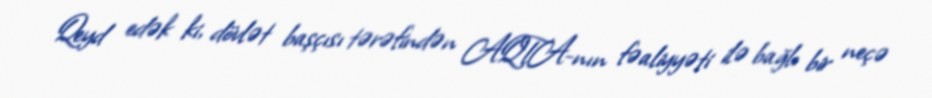
Qeyd edək ki, dövlət başçısı tərəfindən AQTA-nın fəaliyyəti ilə bağlı bir neçə